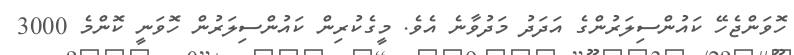
ހޮވަންޖެހޭ ކައުންސިލަރުންގެ އަދަދު މަދުވާނެ އެވެ. މީގެކުރިން ކައުންސިލަރުން ހޮވަނީ ކޮންމެ 3000